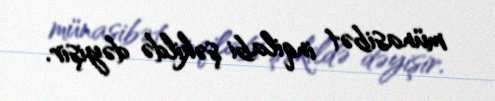
münasibət inqilabi şəkildə dəyişir.